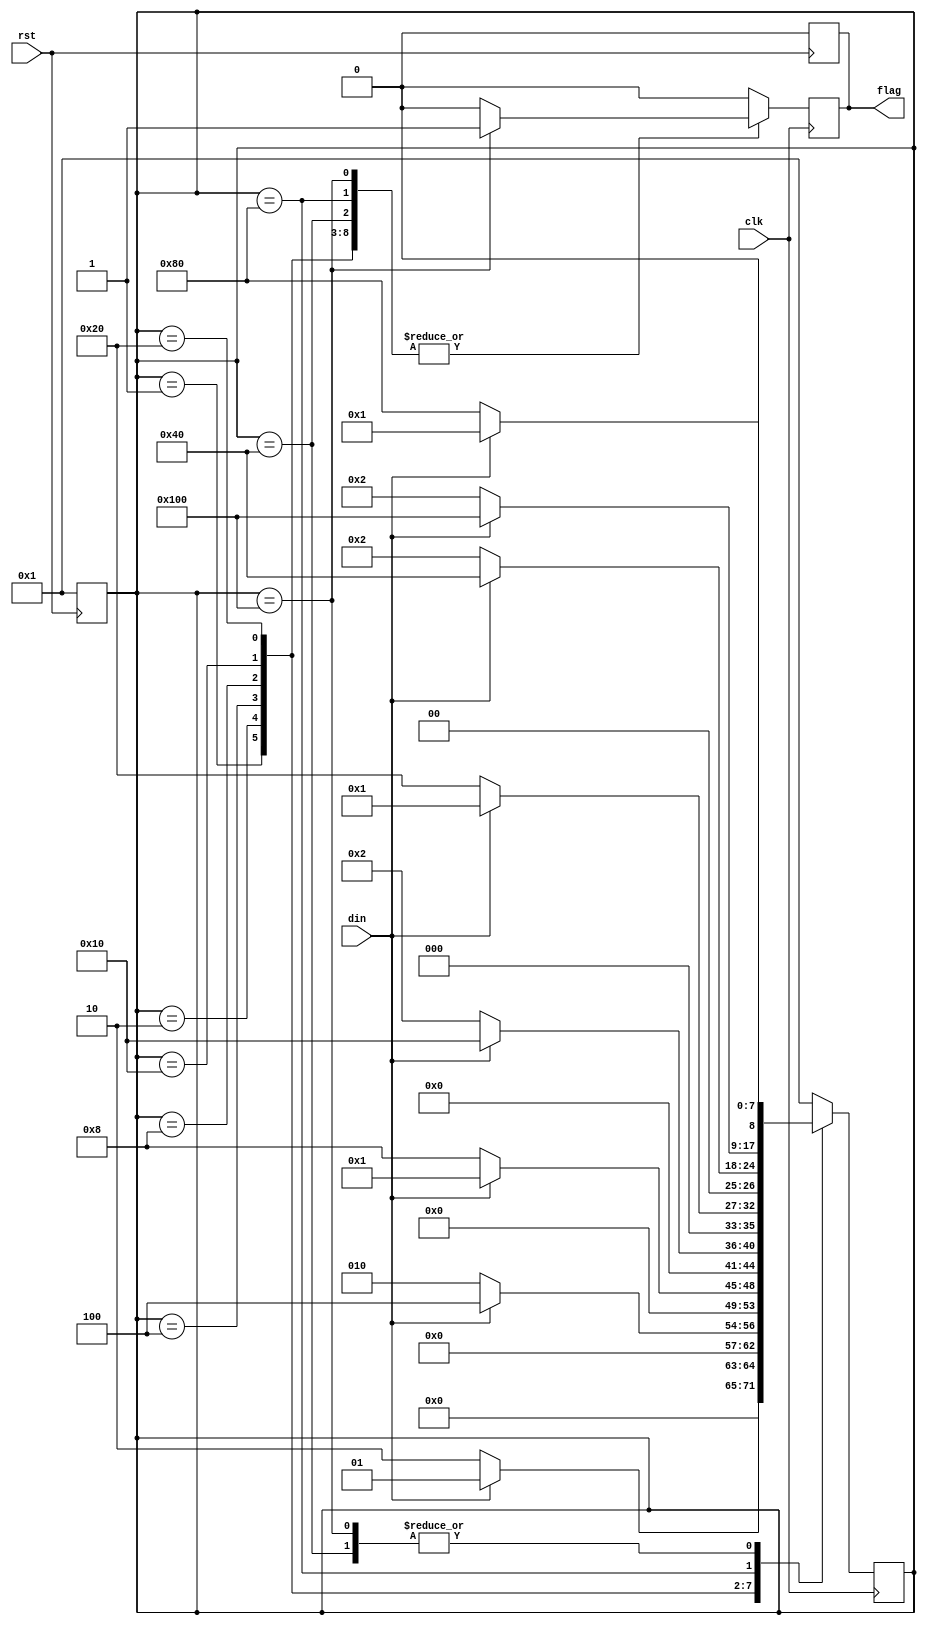
`timescale 10ns/1ns
module moore(flag, din, clk, rst);

    output reg flag;
    input din, clk, rst;

    parameter S0 = 9'b0_0000_0001;  
    parameter S1 = 9'b0_0000_0010;  
    parameter S2 = 9'b0_0000_0100;  
    parameter S3 = 9'b0_0000_1000;  
    parameter S4 = 9'b0_0001_0000;  
    parameter S5 = 9'b0_0010_0000;  
    parameter S6 = 9'b0_0100_0000;  
    parameter S7 = 9'b0_1000_0000;  
    parameter S8 = 9'b1_0000_0000;  

    reg [8:0] state;

    always @ ( posedge rst ) begin
        flag <= 1'b0;
        state <= S0;
    end

    always @ ( posedge clk ) begin
        flag <= (state == S8) ? 1'b1 : 1'b0;
        case (state)
            S0: state <= (din) ? S0 : S1;
            S1: state <= (din) ? S2 : S1;
            S2: state <= (din) ? S0 : S3;
            S3: state <= (din) ? S4 : S1;
            S4: state <= (din) ? S0 : S5;
            S5: state <= (din) ? S6 : S1;
            S6: state <= (din) ? S0 : S7;
            S7: state <= (din) ? S8 : S1;
            S8: state <= (din) ? S0 : S7;
            default: begin state <= S0; flag <= 1'b0; end
        endcase
    end

endmodule